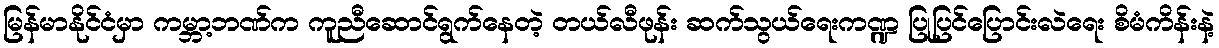
မြန်မာနိုင်ငံမှာ ကမ္ဘာ့ဘဏ်က ကူညီဆောင်ရွက်နေတဲ့ တယ်လီဖုန်း ဆက်သွယ်ရေးကဏ္ဍ ပြုပြင်ပြောင်းလဲရေး စိမံကိန်းနဲ့